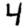
Digit: 4